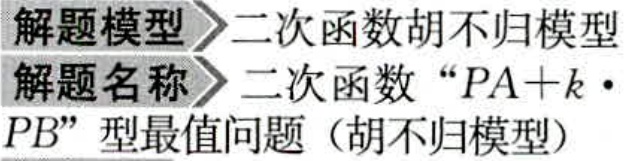
解题模型 二次函数胡不归模型
解题名称 二次函数“\(PA + k\cdot PB\)”型最值问题（胡不归模型）